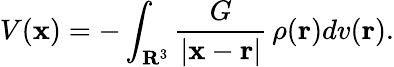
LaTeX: V(\mathbf{x})=-\int_{\mathbf{R}^{3}}{\frac{G}{|\mathbf{x}-\mathbf{r}|}}\, \rho(\mathbf{r})dv(\mathbf{r}).